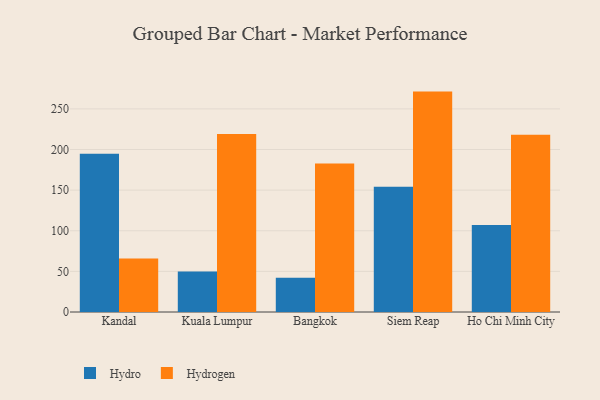
{"axis": {"x": "City", "y": "Headcount"}, "legend": ["Hydro", "Hydrogen"], "data": [{"x": "Kandal", "y": 194.8, "type": "Hydro"}, {"x": "Kandal", "y": 66.0, "type": "Hydrogen"}, {"x": "Kuala Lumpur", "y": 49.9, "type": "Hydro"}, {"x": "Kuala Lumpur", "y": 219.2, "type": "Hydrogen"}, {"x": "Bangkok", "y": 42.2, "type": "Hydro"}, {"x": "Bangkok", "y": 182.7, "type": "Hydrogen"}, {"x": "Siem Reap", "y": 154.1, "type": "Hydro"}, {"x": "Siem Reap", "y": 271.3, "type": "Hydrogen"}, {"x": "Ho Chi Minh City", "y": 107.2, "type": "Hydro"}, {"x": "Ho Chi Minh City", "y": 218.1, "type": "Hydrogen"}]}